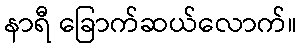
နာရီ ခြောက်ဆယ်လောက်။